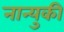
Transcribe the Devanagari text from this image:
नान्युकी